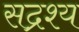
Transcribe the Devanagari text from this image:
सद्रश्य